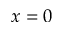
x = 0